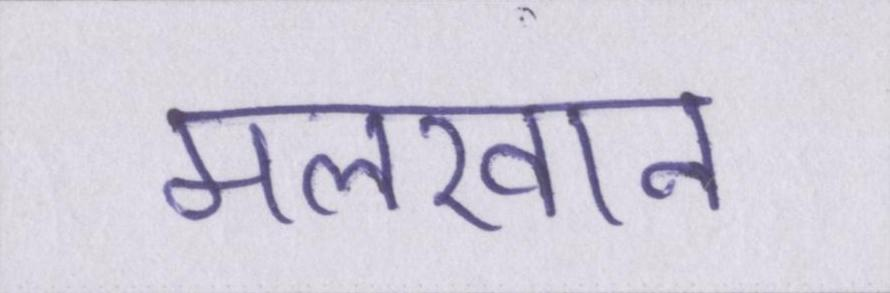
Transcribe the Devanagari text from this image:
मलखान